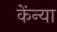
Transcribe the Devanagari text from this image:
केंन्या